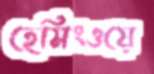
হেমিংওয়ে